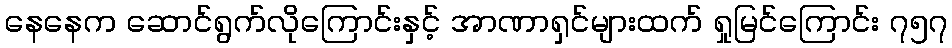
နေနေက ဆောင်ရွက်လိုကြောင်းနှင့် အာဏာရှင်များထက် ရှုမြင်ကြောင်း ၇၅၇